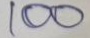
100